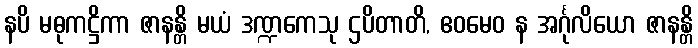
နပိ မဓုကဋ္ဌိကာ ဇာနန္တိ မယံ ဒဏ္ဍကေသု ဌပိတာတိ, ဧဝမေဝ န အင်္ဂုလိယော ဇာနန္တိ